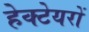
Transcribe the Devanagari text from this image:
हेक्टेयरों